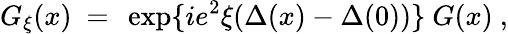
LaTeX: G_{\xi}(x)\ =\ \exp\{ ie^{2}\xi(\Delta(x)-\Delta(0))\} \ G(x)\ ,